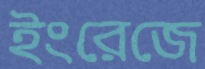
ইংরেজে